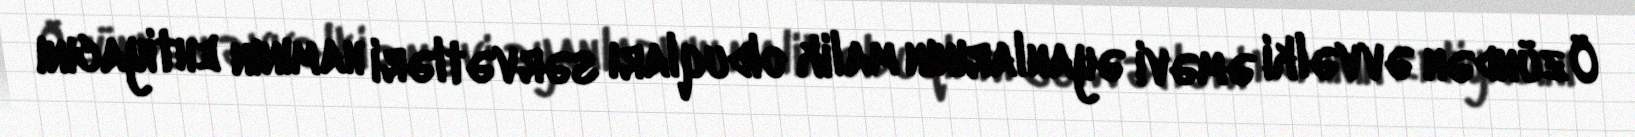
Özündən əvvəlki əməvi əyanlarının malik olduqları sərvətləri hamının ehtiyacını